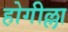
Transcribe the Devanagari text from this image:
होगील्ला